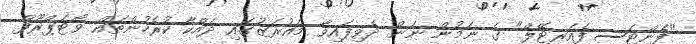
"ފެންޓަސީ ފެއަރީޓޭލް" ގެ ނަމުން ނަން ދެވިފައިވާ މައުރަޒުގައި ދައްކާ ކުރެހުންތައް ވޯޓަޕްރޫފް